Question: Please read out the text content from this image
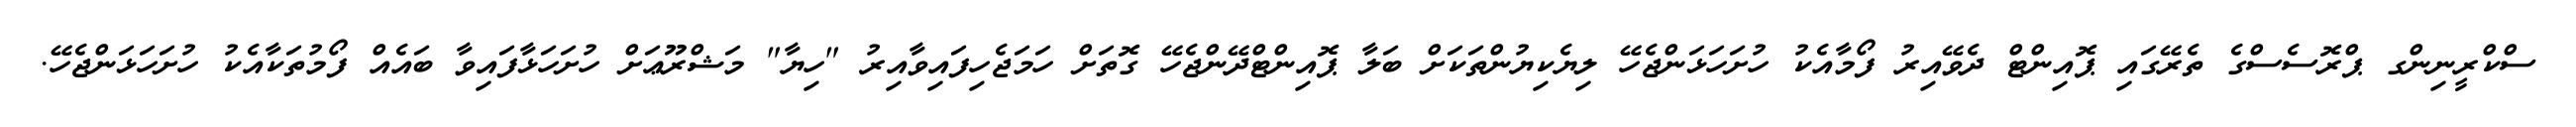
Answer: ސްކްރީނިންގ ޕްރޮސެސްގެ ތެރޭގައި ޕޮއިންޓް ދެވޭއިރު ފޯމާއެކު ހުށަހަޅަންޖެހޭ ލިޔެކިޔުންތަކަށް ބަލާ ޕޮއިންޓްދޭންޖެހޭ ގޮތަށް ހަމަޖެހިފައިވާއިރު "ހިޔާ" މަޝްރޫޢަށް ހުށަހަޅާފައިވާ ބައެއް ފޯމުތަކާއެކު ހުށަހަޅަންޖެހޭ.